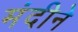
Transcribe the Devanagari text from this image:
मंदीने